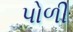
પોળી